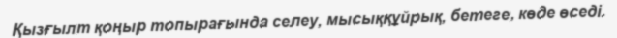
Қызғылт қоңыр топырағында селеу, мысыққұйрық, бетеге, көде өседі.